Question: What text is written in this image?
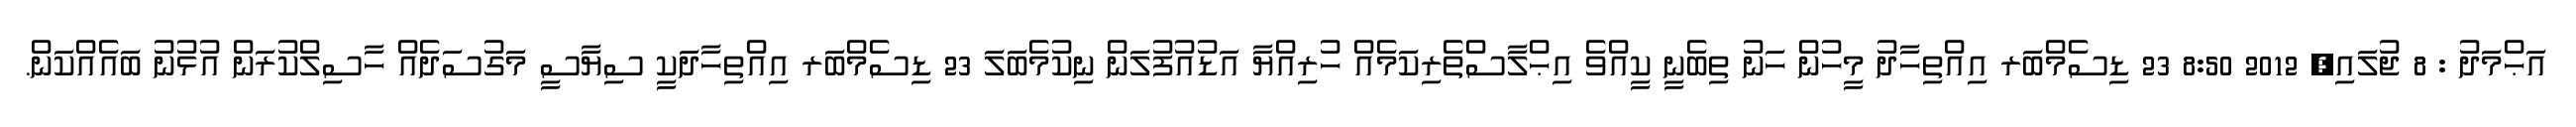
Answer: އަޙްމަދު : 8 ޖުލައި, 2012 8:50 23 ޑިސެމްބަރ އިއްތިހާދު މީހުން ހަނު ތިބެނީ ކީއްވެ އިޙްލާސްތެރިކަމެއް ހުރިއްޔާ އަޑުއުފުލަން ނިކުމެބަލަ 23 ޑިސެމްބަރ އިއްތިހާދަކީ ސިޔާސީ މަގުސަދެއް ހާސިލްކުރަން އުޅުނު ބައެއްކަން.